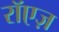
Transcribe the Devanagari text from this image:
रॉएज़